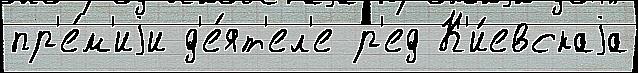
пр'е́м'иjи д'е́ят'ел'е р'ед К'и́евскаjа